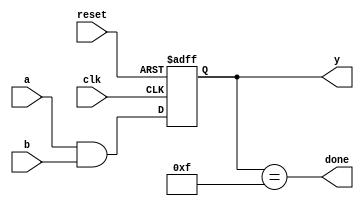
module cpld_example (
    input wire clk,          // Global clock signal
    input wire reset,        // Global reset signal
    input wire [3:0] a,      // 4-bit input
    input wire [3:0] b,      // 4-bit input
    output wire [3:0] y,     // 4-bit output
    output wire done         // Output flag
);

    // Logic Block 1: LUT and Flip-Flop
    reg [3:0] lut_output;    // LUT output
    reg [3:0] flip_flop;     // Flip-Flop output

    // LUT configuration (simple AND operation)
    always @(*) begin
        lut_output = a & b;   // Example logic function (AND)
    end

    // Flip-Flop for state retention
    always @(posedge clk or posedge reset) begin
        if (reset) begin
            flip_flop <= 4'b0000; // Reset state
        end else begin
            flip_flop <= lut_output; // Store LUT output
        end
    end

    // Output assignment
    assign y = flip_flop;      // Output from flip-flop
    assign done = (flip_flop == 4'b1111); // Example condition for 'done'

endmodule